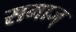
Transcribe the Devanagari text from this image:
समाज्